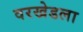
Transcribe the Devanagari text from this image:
वरखेडला